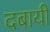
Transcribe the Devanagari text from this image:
दबायी